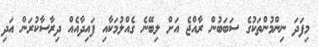
މިފަދަ ނިންމުންތަކުގެ ސަބަބުން ރާއްޖެ އަށް ލިބޭނެ ގެއްލުމަކާއި ފައިދާއެއް ދިރާސާކުރަން އަދި